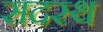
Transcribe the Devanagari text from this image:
सदस्थ